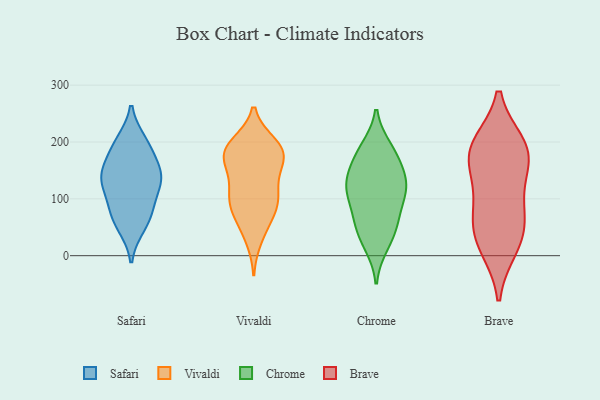
{"axis": {"x": "Inventory Turnover", "y": "Value"}, "legend": ["Brave", "Chrome", "Safari", "Vivaldi"], "data": [{"x": "", "y": 85, "type": "Safari"}, {"x": "", "y": 133, "type": "Safari"}, {"x": "", "y": 52, "type": "Safari"}, {"x": "", "y": 200, "type": "Safari"}, {"x": "", "y": 62, "type": "Safari"}, {"x": "", "y": 129, "type": "Safari"}, {"x": "", "y": 141, "type": "Safari"}, {"x": "", "y": 86, "type": "Safari"}, {"x": "", "y": 139, "type": "Safari"}, {"x": "", "y": 181, "type": "Safari"}, {"x": "", "y": 195, "type": "Safari"}, {"x": "", "y": 142, "type": "Safari"}, {"x": "", "y": 90, "type": "Vivaldi"}, {"x": "", "y": 29, "type": "Vivaldi"}, {"x": "", "y": 100, "type": "Vivaldi"}, {"x": "", "y": 185, "type": "Vivaldi"}, {"x": "", "y": 195, "type": "Vivaldi"}, {"x": "", "y": 153, "type": "Vivaldi"}, {"x": "", "y": 197, "type": "Vivaldi"}, {"x": "", "y": 184, "type": "Vivaldi"}, {"x": "", "y": 183, "type": "Vivaldi"}, {"x": "", "y": 101, "type": "Vivaldi"}, {"x": "", "y": 116, "type": "Vivaldi"}, {"x": "", "y": 185, "type": "Vivaldi"}, {"x": "", "y": 75, "type": "Vivaldi"}, {"x": "", "y": 82, "type": "Vivaldi"}, {"x": "", "y": 51, "type": "Vivaldi"}, {"x": "", "y": 167, "type": "Vivaldi"}, {"x": "", "y": 126, "type": "Vivaldi"}, {"x": "", "y": 163, "type": "Vivaldi"}, {"x": "", "y": 106, "type": "Chrome"}, {"x": "", "y": 18, "type": "Chrome"}, {"x": "", "y": 158, "type": "Chrome"}, {"x": "", "y": 134, "type": "Chrome"}, {"x": "", "y": 108, "type": "Chrome"}, {"x": "", "y": 119, "type": "Chrome"}, {"x": "", "y": 64, "type": "Chrome"}, {"x": "", "y": 56, "type": "Chrome"}, {"x": "", "y": 186, "type": "Chrome"}, {"x": "", "y": 172, "type": "Chrome"}, {"x": "", "y": 118, "type": "Chrome"}, {"x": "", "y": 189, "type": "Chrome"}, {"x": "", "y": 130, "type": "Chrome"}, {"x": "", "y": 30, "type": "Chrome"}, {"x": "", "y": 62, "type": "Chrome"}, {"x": "", "y": 89, "type": "Brave"}, {"x": "", "y": 29, "type": "Brave"}, {"x": "", "y": 190, "type": "Brave"}, {"x": "", "y": 194, "type": "Brave"}, {"x": "", "y": 175, "type": "Brave"}, {"x": "", "y": 149, "type": "Brave"}, {"x": "", "y": 83, "type": "Brave"}, {"x": "", "y": 183, "type": "Brave"}, {"x": "", "y": 16, "type": "Brave"}, {"x": "", "y": 44, "type": "Brave"}]}